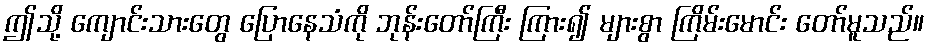
ဤသို့ ကျောင်းသားတွေ ပြောနေသံကို ဘုန်းတော်ကြီး ကြား၍ များစွာ ကြိမ်းမောင်း တော်မူသည်။